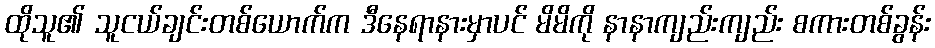
ထိုသူ၏ သူငယ်ချင်းတစ်ယောက်က ဒီနေရာနားမှာပင် မိမိကို နာနာကျည်းကျည်း စကားတစ်ခွန်း